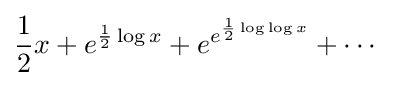
{\frac {1}{2}}x+e^{{\frac {1}{2}}\log x}+e^{e^{{\frac {1}{2}}\log \log x}}+\cdots